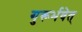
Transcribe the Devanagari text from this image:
गुरूर्भवेत्